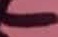
Text: -